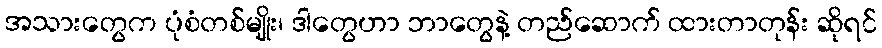
အသားတွေက ပုံစံတစ်မျိုး၊ ဒါတွေဟာ ဘာတွေနဲ့ တည်ဆောက် ထားတာတုန်း ဆိုရင်